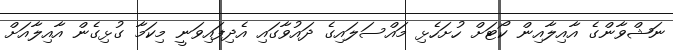
ނަޝްވާންގެ އާއިލާއިން ކޯޓަށް ހުށަހެޅި މައްސަލައިގެ ދައުވާގައި އެދިފައިވަނީ މިކަމާ ގުޅިގެން އާއިލާއަށް